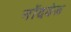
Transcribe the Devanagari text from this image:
नोंदवेल